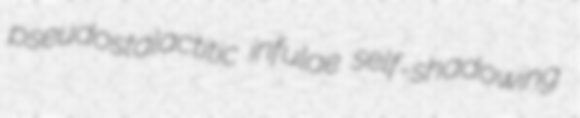
pseudostalactitic infulae self-shadowing